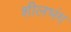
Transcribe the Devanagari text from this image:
शीलभंग